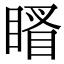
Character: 䁊